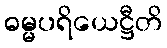
ဓမ္မပရိယေဋ္ဌီတိ